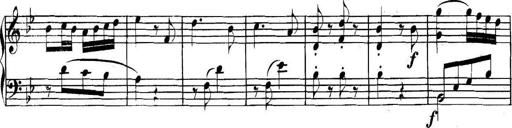
Title: Collected Piano Sonatas
Composer: Muzio Clementi